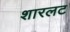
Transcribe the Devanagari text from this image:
शारलट